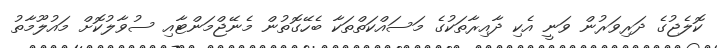
ކޮލެޖުގެ ދަރިވަރުން ވަނީ އެކި ދާއިރާތަކުގެ މަސައްކަތްތަކާ ބެހޭގޮތުން މެނޭޖްމަންޓާއި ސުވާލުކޮށް މައުލޫމާތު